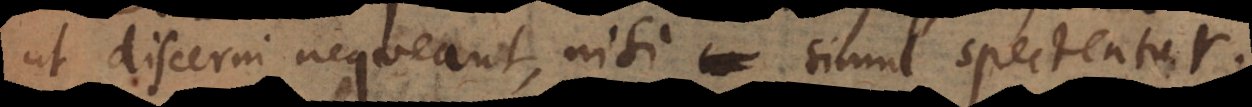
ut discerni nequeant, nisi simul spectentur.